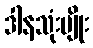
ဒါနသုံးမျိုး